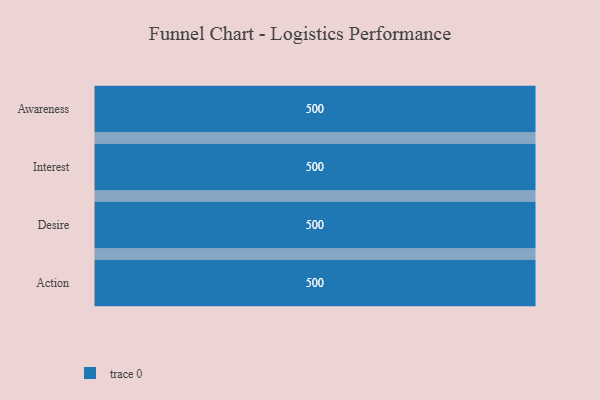
{"axis": {"x": "Stage", "y": "Value"}, "legend": [""], "data": [{"x": "Awareness", "y": 500, "type": ""}, {"x": "Interest", "y": 500, "type": ""}, {"x": "Desire", "y": 500, "type": ""}, {"x": "Action", "y": 500, "type": ""}]}